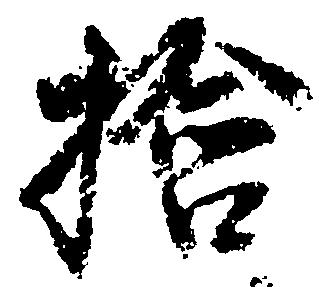
検